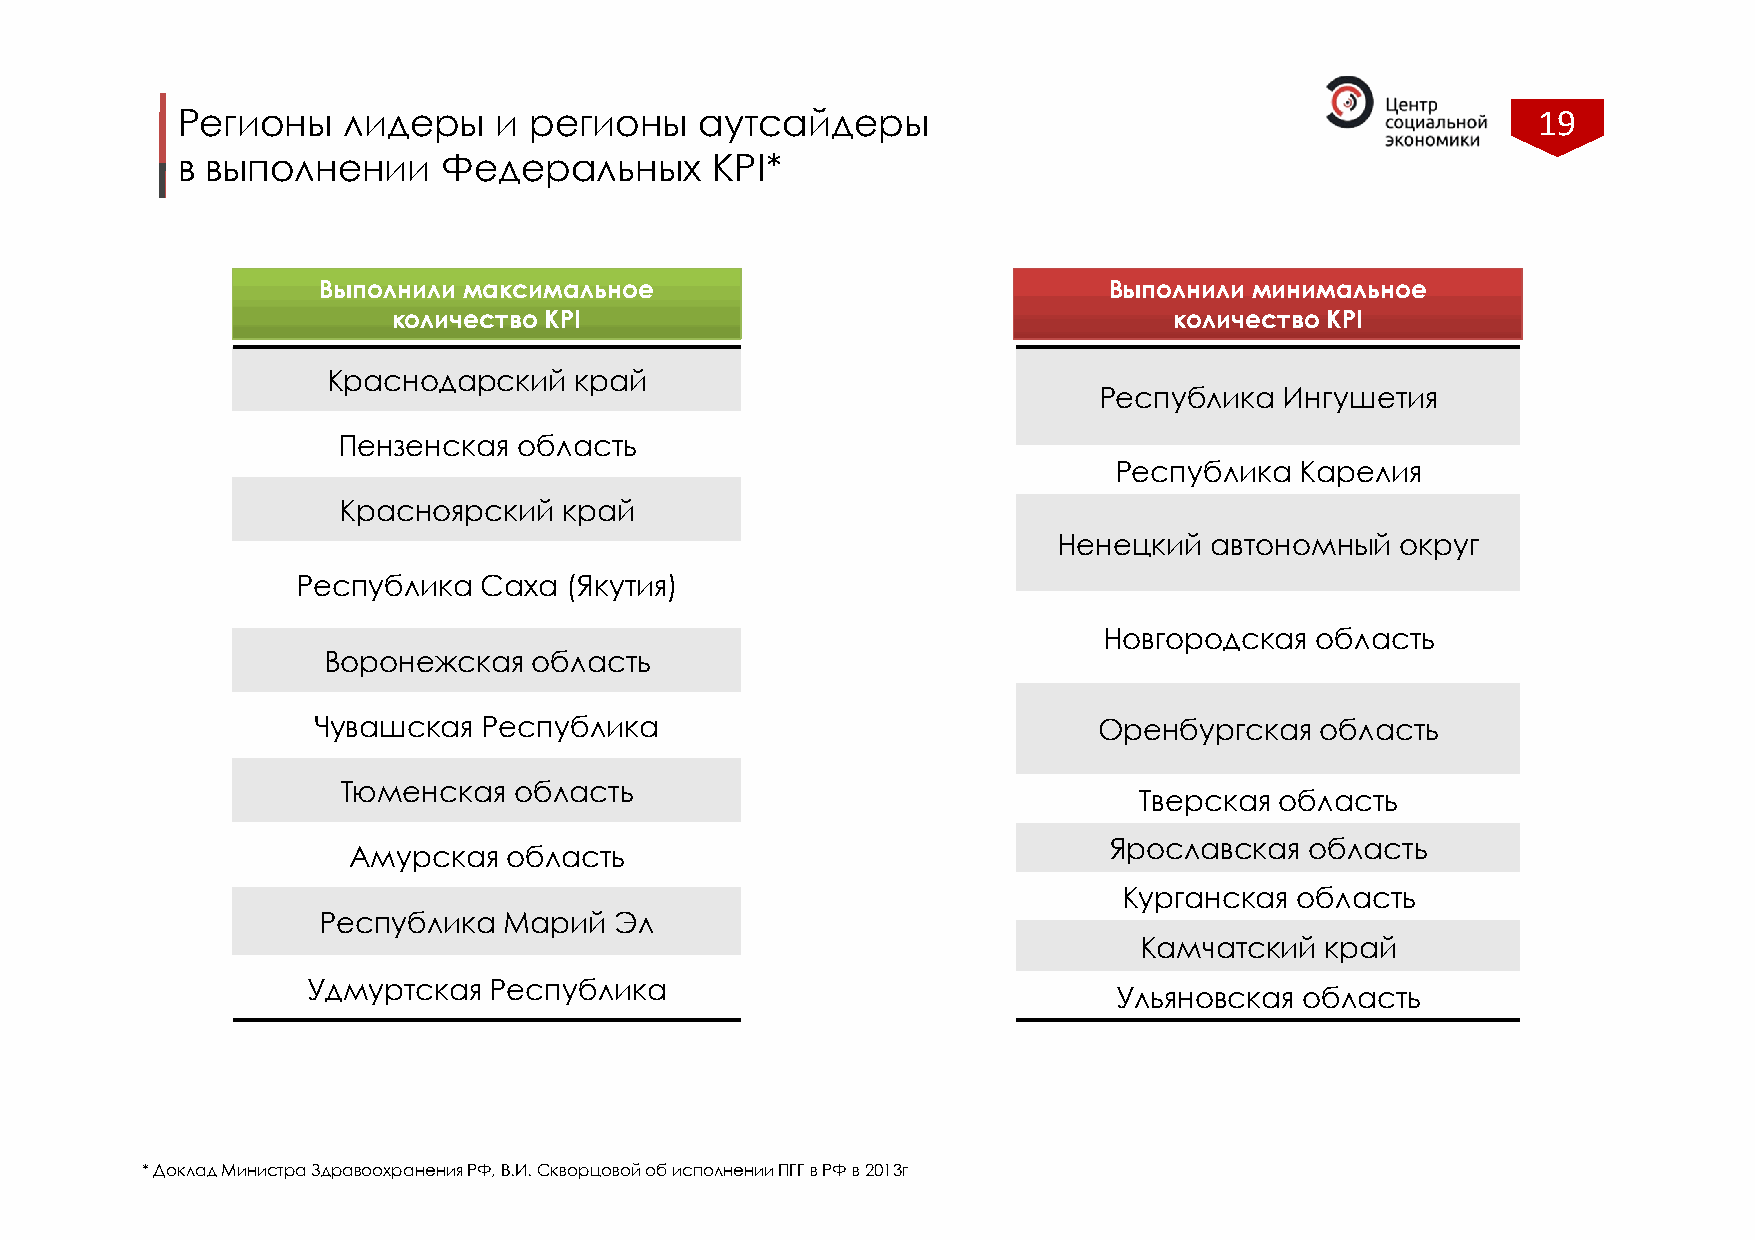
Регионы    лидеры    и регионы    аутсайдеры                                              19
 в выполнении     Федеральных       KPI*
 Выполнили максимальное                              Выполнили минимальное
 количество KPI                                      количество KPI
 Краснодарский   край
 Республика  Ингушетия
 Пензенская  область
 Республика  Карелия
 Красноярский   край
 Ненецкий  автономный   округ
 Республика  Саха  (Якутия)
 Новгородская  область
 Воронежская   область
 Чувашская  Республика                               Оренбургская  область
 Тюменская  область
 Тверская  область
 Ярославская   область
 Амурская  область
 Курганская  область
 Республика  Марий   Эл
 Камчатский   край
 Удмуртская  Республика
 Ульяновская область
 * Доклад Министра Здравоохранения РФ, В.И. Скворцовой об исполнении ПГГ в РФ в 2013г